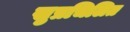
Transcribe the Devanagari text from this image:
सुप्रचिलित